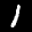
Label: 1